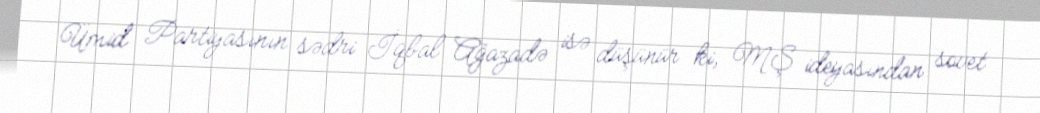
Ümid Partiyasının sədri İqbal Ağazadə isə düşünür ki, MŞ ideyasından sovet